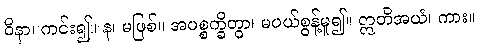
ဝိနာ၊ ကင်း၍။ န၊ မဖြစ်။ အပစ္စက္ခိတွာ၊ မပယ်စွန့်မူ၍။ ဣတိအယံ၊ ကား။